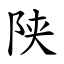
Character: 陕